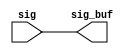
// ========== Copyright Header Begin ==========================================
// 
// OpenSPARC T1 Processor File: sctag_pcx_rptr_3.v
// Copyright (c) 2006 Sun Microsystems, Inc.  All Rights Reserved.
// DO NOT ALTER OR REMOVE COPYRIGHT NOTICES.
// 
// The above named program is free software; you can redistribute it and/or
// modify it under the terms of the GNU General Public
// License version 2 as published by the Free Software Foundation.
// 
// The above named program is distributed in the hope that it will be 
// useful, but WITHOUT ANY WARRANTY; without even the implied warranty of
// MERCHANTABILITY or FITNESS FOR A PARTICULAR PURPOSE.  See the GNU
// General Public License for more details.
// 
// You should have received a copy of the GNU General Public
// License along with this work; if not, write to the Free Software
// Foundation, Inc., 51 Franklin St, Fifth Floor, Boston, MA 02110-1301, USA.
// 
// ========== Copyright Header End ============================================
module sctag_pcx_rptr_3 (/*AUTOARG*/
   // Outputs
   sig_buf, 
   // Inputs
   sig
   );


// this repeater has 164 bits

output  [163:0] sig_buf;
input   [163:0] sig;


assign  sig_buf  = sig;



//output                   pcx_sctag_data_rdy_px1_buf;
//output [`PCX_WIDTH-1:0]  pcx_sctag_data_px2_buf;   // pcx to sctag packet
//output                   pcx_sctag_atm_px1_buf; // indicates that the current packet is atm with the next
//output			sctag_pcx_stall_pq_buf;

//input                   pcx_sctag_data_rdy_px1;
//input [`PCX_WIDTH-1:0]  pcx_sctag_data_px2;   // pcx to sctag packet
//input                   pcx_sctag_atm_px1; // indicates that the current packet is atm with the next
//input			sctag_pcx_stall_pq;


//assign	pcx_sctag_data_rdy_px1_buf = pcx_sctag_data_rdy_px1; 
//assign	pcx_sctag_data_px2_buf = pcx_sctag_data_px2;
//assign	pcx_sctag_atm_px1_buf = pcx_sctag_atm_px1;
//assign	sctag_pcx_stall_pq_buf = sctag_pcx_stall_pq;

endmodule